Medical and sanitary report of the native army of Bengal for the year
Year: 1874
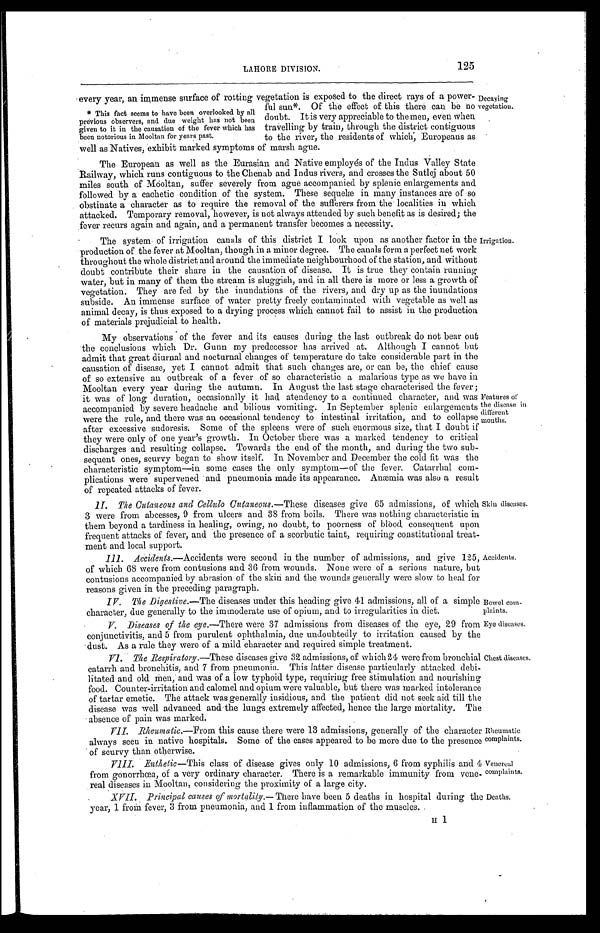
LAHORE DIVISION.
125
Bowel com-
plaints.
Eye diseases.
Rheumatic
complaints.
Venereal
complaints.
every year, an immense surface of rotting vegetation is exposed to the direct rays of a power-
ful sun‫٭‬ . Of the effect of this there can be no
doubt. It is very appreciable to themen, even when
travelling by train, through the district contiguous
to the river, the residents of which, Europeans as
well as Natives, exhibit marked symptoms of marsh ague.
‫٭‬ This fact seems to have been overlooked by all
previous observers, and due weight has not been
given to it in the causation of the fever which has
been notorious in Mooltan for years past.
Decaying
vegetation.
The European as well as the Eurasian and Native employés of the Indus Valley State
Railway, which runs contiguous to the Chenab and Indus rivers, and crosses the Sutlej about 50
miles south of Mooltan, suffer severely from ague accompanied by splenic enlargements and
followed by a cachetic condition of the system. These sequelæ in many instances are of so
obstinate a character as to require the removal of the sufferers from the localities in which
attacked. Temporary removal, however, is not always attended by such benefit as is desired ; the
fever recurs again and again, and a permanent transfer becomes a necessity.
The system of irrigation canals of this district I look upon as another factor in the
production of the fever at Mooltan, though in a minor degree. The canals form a perfect net work
throughout the whole district and around the immediate neighbourhood of the station, and without
doubt contribute their share in the causation of disease. It is true they contain running
water, but in many of them the stream is sluggish, and in all there is more or less a growth of
vegetation. They are fed by the inundations of the rivers, and dry up as the inundations
subside. An immense surface of water pretty freely contaminated with vegetable as well as
animal decay, is thus exposed to a drying process which cannot fail to assist in the production
of materials prejudicial to health.
Irrigation.
My observations of the fever and its causes during the last outbreak do not bear out
the conclusions which Dr. Gunn my predecessor has arrived at. Although I cannot but
admit that great diurnal and nocturnal changes of temperature do take considerable part in the
causation of disease, yet I cannot admit that such changes are, or can be, the chief cause
of so extensive an outbreak of a fever of so characteristic a malarious type as we have in
Mooltan every year during the autumn. In August the last stage characterised the fever ;
it was of long duration, occasionally it had atendency to a continued character, and was
accompanied by severe headache and bilious vomiting. In September splenic enlargements
were the rule, and there was an occasional tendency to intestinal irritation, and to collapse
after excessive sudoresis. Some of the spleens were of such enormous size, that I doubt if
they were only of one year's growth. In October there was a marked tendency to critical
discharges and resulting collapse. Towards the end of the month, and during the two sub-
sequent ones, scurvy began to show itself. In November and December the cold fit was the
characteristic symptom—in some cases the only symptom—of the fever. Catarrhal com-
plications were supervened and pneumonia made its appearance. Anæmia was also a result
of repeated attacks of fever.
II. The Cutaneous and Cellulo Cutaneous.— These diseases give 65 admissions, of which
3 were from abcesses, 9 from ulcers and 38 from boils. There was nothing characteristic in
them beyond a tardiness in healing, owing, no doubt, to poorness of blood consequent upon
frequent attacks of fever, and the presence of a scorbutic taint, requiring constitutional treat-
ment and local support.
Features of
the disease in
different
months.
Skin diseases.
Accidents.
III. Accidents.—Accidents were second in the number of admissions, and give 125,
of which 68 were from contusions and 36 from wounds. None were of a serious nature, but
contusions accompanied by abrasion of the skin and the wounds generally were slow to heal for
reasons given in the preceding paragraph.
IV. The Digestive.— The diseases under this heading give 41 admissions, all of a simple
character, due generally to the immoderate use of opium, and to irregularities in diet.
V. Diseases of the eye.—There were 37 admissions from diseases of the eye, 29 from
conjunctivitis, and 5 from purulent ophthalmia, due undoubtedly to irritation caused by the
dust. As a rule they were of a mild character and required simple treatment.
VI. The Respiratory.—These diseases give 32 admissions, of which 24 were from bronchial
catarrh and bronchitis, and 7 from pneumonia. This latter disease particularly attacked debi-
litated and old men, and was of a low typhoid type, requiring free stimulation and nourishing
food. Counter-irritation and calomel and opium were valuable, but there was marked intolerance
of tartar emetic. The attack was generally insidious, and the patient did not seek aid till the
disease was well advanced and the lungs extremely affected, hence the large mortality. The
absence of pain was marked.
VII. Rheumatic.— From this cause there were 13 admissions, generally of the character
always seen in native hospitals. Some of the cases appeared to be more due to the presence
of scurvy than otherwise.
VIII. Enthetic— This class of disease gives only 10 admissions, 6 from syphilis and 4
from gonorrhœa, of a very ordinary character. There is a remarkable immunity from vene-
real diseases in Mooltan, considering the proximity of a large city.
Chest diseases.
XVII. Principal causes of mortality.— There have been 5 deaths in hospital during the
year, 1 from fever, 3 from pneumonia, and 1 from inflammation of the muscles.
Deaths.